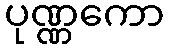
ပုဏ္ဏကော